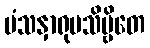
မံသနှာရုပသိဗ္ဗိတေ